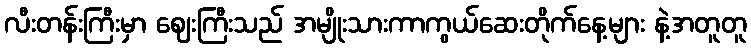
လီးတန်းကြီးမှာ ဈေးကြီးသည် အမျိုးသားကာကွယ်ဆေးတိုက်နေ့များ နဲ့အတူတူ